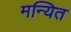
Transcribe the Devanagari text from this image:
मन्यित